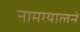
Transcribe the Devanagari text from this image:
नामग्यालने